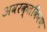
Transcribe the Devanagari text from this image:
अवरक्तकिरण